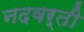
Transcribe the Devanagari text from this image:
नदवर्ती